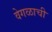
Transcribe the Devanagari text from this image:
वेगळाची